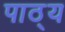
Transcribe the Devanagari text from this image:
पाठ्‌य